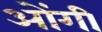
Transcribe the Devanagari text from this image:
ओंगी